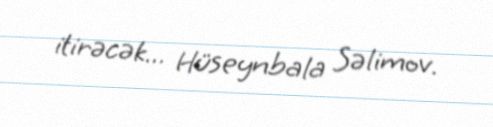
itirəcək... Hüseynbala Səlimov.